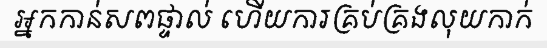
អ្នកកាន់សពផ្ទាល់ ហើយការគ្រប់គ្រងលុយកាក់